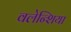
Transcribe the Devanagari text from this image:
वलेन्शिया